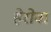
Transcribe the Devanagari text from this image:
हेरोवा